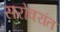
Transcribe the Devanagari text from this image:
सरोवरांत